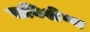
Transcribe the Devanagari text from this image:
सविशेष्य